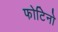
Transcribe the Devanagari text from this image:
फोटिनो